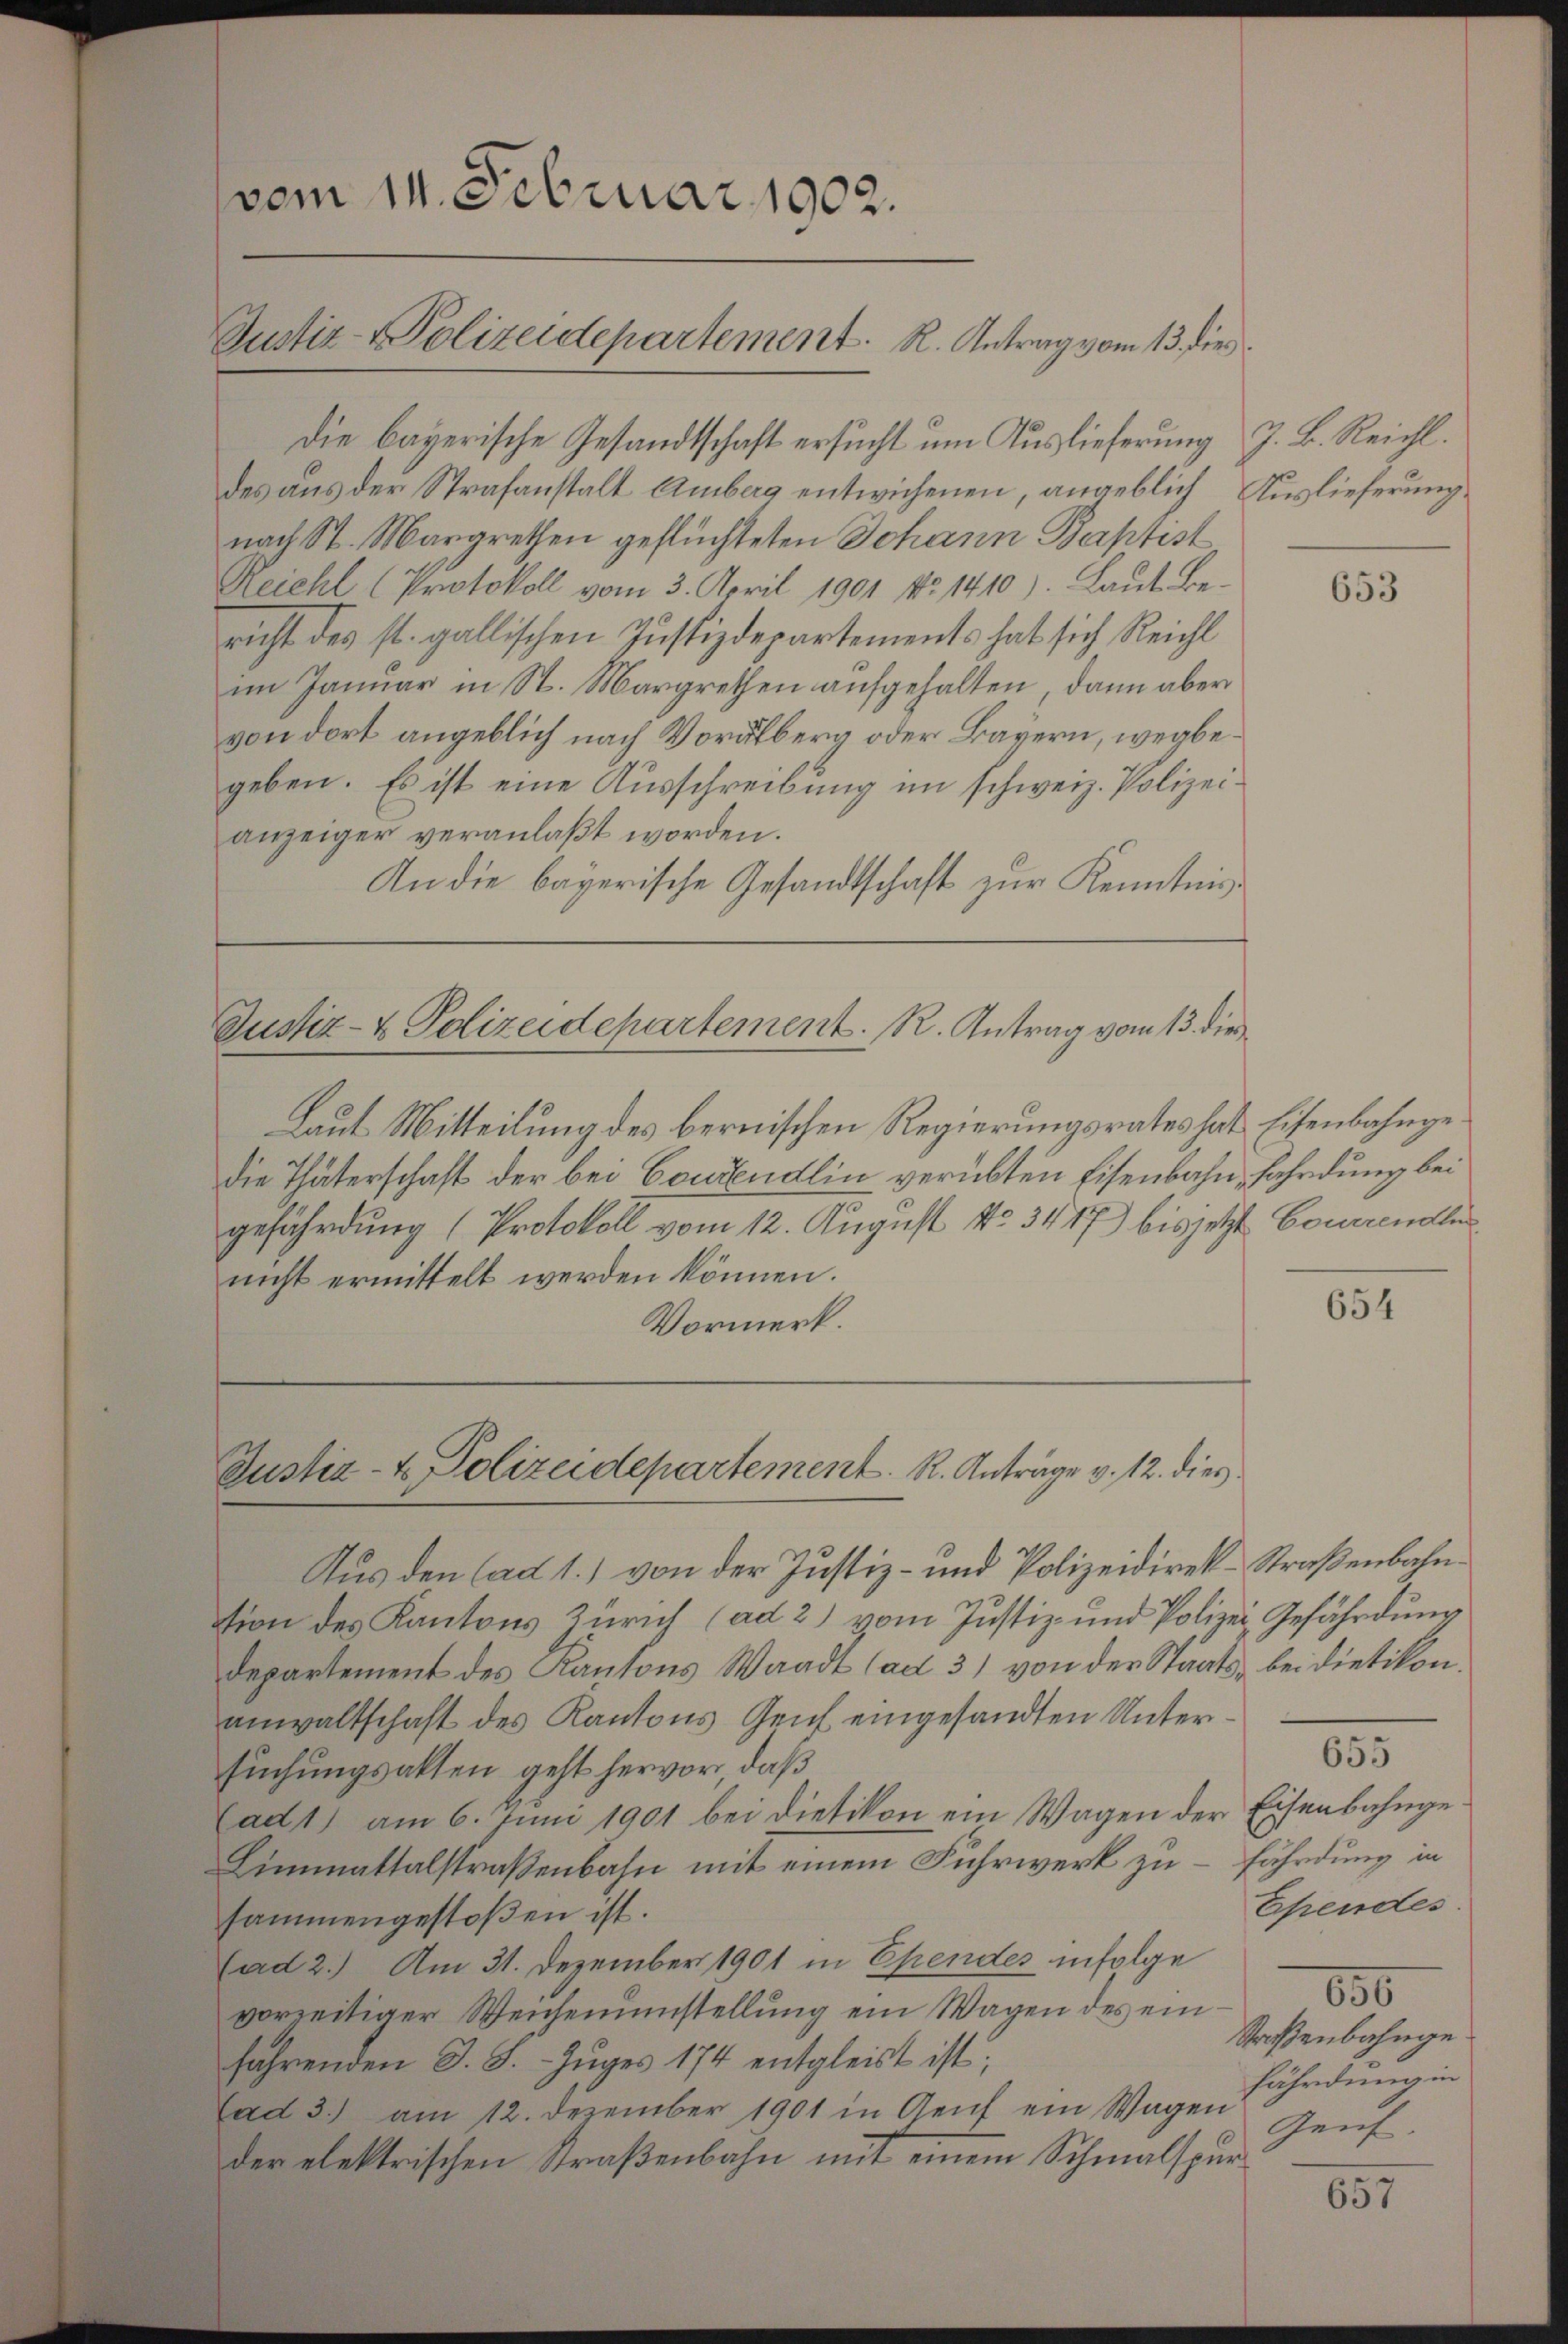
vom 11. Februar 1902.
Justiz-Polizeidepartement. R. Antrag vom 13. dies

die bayerische Gesandtschaft ersucht um Auslieferung z. B. Reicht.
des aus der Strafanstalt Amberg entwichenen, angeblich Auslieferung.
nach St. Margrethen geflüchteten Johann Baptist
Reichl (Protokoll vom 3. April 1901 No 1410). Laut Be-
richt des st. gallischen Justizdepartements hat sich Reicht
im Januar in St. Margrethen aufgehalten, dann aber
von dort angeblich nach Voralberg oder Bayern, wegbegeben. Es ist eine Ausschreibung im schweiz. Polizeianzeiger veranlaßt worden.
An die bayerische Gesandtschaft zur Kenntnis¬

Justiz- & Polizeidepartement. R. Antrag vom 13. die

Laut Mitteilung des bernischen Regierungsrates hat Eisenbahngedie Thäterschaft der bei Coutendlin verübten Eisenbahn, Fahrdung bei
gefährdung (Protokoll vom 12. August No. 3447) bis jetzt Concende
nicht ermittelt werden können.
Vormerk.

Justiz- & Polizeidepartement. R. Anträge v. 12. dies
Aus den Cad 1.) von der Justiz- und Polizeidirek-Straßenbahn¬

tion des Kantons Zürich (ad 2) vom Justiz- und Polizei Gefährdung
departement des Kantons Waadt (ad 3) von der Staats- bei dietikon.
anwaltschaft des Kantons Genf eingesandten Untersuchungsakten geht hervor, daß
(adt) am 6. Juni 1901 bei Dietikon ein Wagen der Eisenbahnge
Limmattalstraßenbahn mit einem Fuhrwerk zu fährdung in
sammengestoßen ist.
(ad 2.) Am 31. Dezember 1901 in Ehendes infolge
vorzeitiger Weichenumstellung ein Wagen des einfahrenden d. S. Zuges 174 entgleist ist;
ad 3.) am 12. Dezember 1901 in Aeuf ein Wagen
der elektrischen Straßenbahn mit einem Schmalspur¬

653

654

e

655
Ependes.
650
Straßenbahnge
fährdung in
Zenf.

657